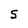
Character: S